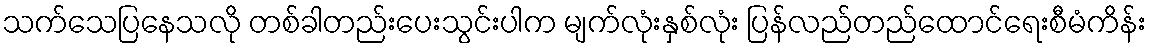
သက်သေပြနေသလို တစ်ခါတည်းပေးသွင်းပါက မျက်လုံးနှစ်လုံး ပြန်လည်တည်ထောင်ရေးစီမံကိန်း